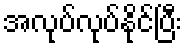
အလုပ်လုပ်နိုင်ပြီး